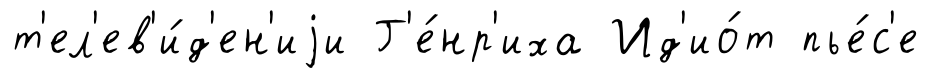
т'ел'ев'и́д'ен'иjи Г'е́нр'иха Ид'ио́т пье́с'е